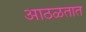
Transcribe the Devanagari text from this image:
आठळतात